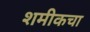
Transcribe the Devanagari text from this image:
शमीकचा